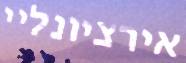
אירציונליי